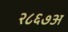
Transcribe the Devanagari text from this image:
२८६७अ